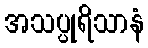
အသပ္ပုရိသာနံ